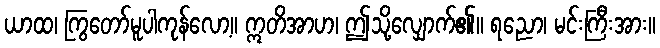
ယာထ၊ ကြွတော်မူပါကုန်လော့။ ဣတိအာဟ၊ ဤသို့လျှောက်၏။ ရညော၊ မင်းကြီးအား။